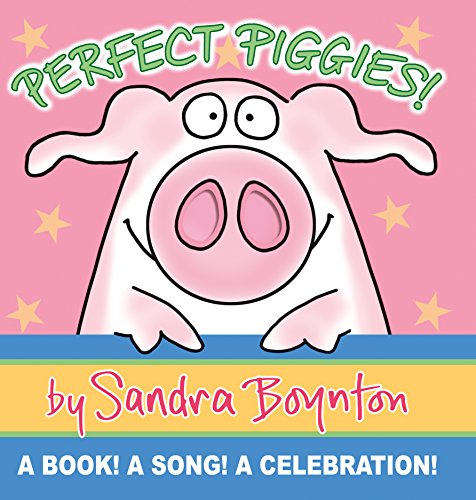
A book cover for Perfect Piggies!; Sandra Boynton; Children's Books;